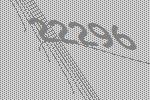
22296